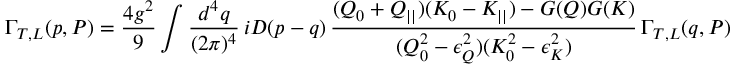
\Gamma _ { T , L } ( p , P ) = \frac { 4 g ^ { 2 } } 9 \int \frac { d ^ { 4 } q } { ( 2 \pi ) ^ { 4 } } \, i { \cal D } ( p - q ) \, \frac { ( Q _ { 0 } + Q _ { | | } ) ( K _ { 0 } - K _ { | | } ) - G ( Q ) G ( K ) } { ( Q _ { 0 } ^ { 2 } - \epsilon _ { Q } ^ { 2 } ) ( K _ { 0 } ^ { 2 } - \epsilon _ { K } ^ { 2 } ) } \, \Gamma _ { T , L } ( q , P )